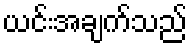
ယင်းအချက်သည်